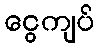
ငွေကျပ်